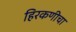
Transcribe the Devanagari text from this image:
हिरकणीचा